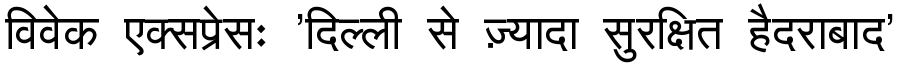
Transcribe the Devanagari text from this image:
विवेक एक्सप्रेसः 'दिल्ली से ज़्यादा सुरक्षित हैदराबाद'